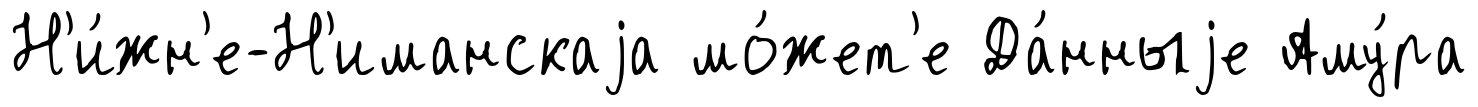
Н'и́жн'е-Н'иманскаjа мо́жет'е Да́нныjе Аму́ра